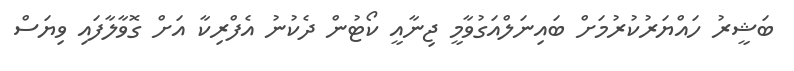
ބަޝީރު ހައްޔަރުކުރުމަށް ބައިނަލްއަގުވާމީ ޖިނާއީ ކޯޓުން ދެކުނު އެފްރިކާ އަށް ގޮވާލާފައި ވިޔަސް